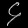
Digit: ၄